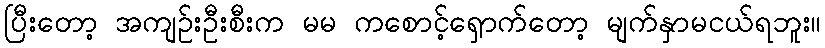
ပြီးတော့ အကျဉ်းဦးစီးက မမ ကစောင့်ရှောက်တော့ မျက်နှာမငယ်ရဘူး။